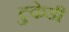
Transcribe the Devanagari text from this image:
टुकेडी